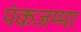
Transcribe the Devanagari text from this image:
पंकजम्मा